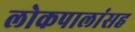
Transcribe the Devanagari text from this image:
लोकपालांसह